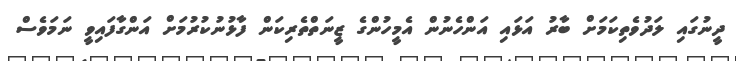
ދީނުގައި ލަދުވެތިކަމަށް ބާރު އަޅައި އަންހެނުން އެމީހުންގެ ޒީނަތްތެރިކަން ފާޅުނުކުރުމަށް އަންގާފައިވީ ނަމަވެސް